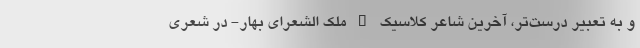
و به تعبیر درست‌تر، آخرین شاعر کلاسیک – ملک الشعرای بهار- در شعری